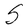
Character: S